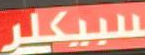
سبيكلر